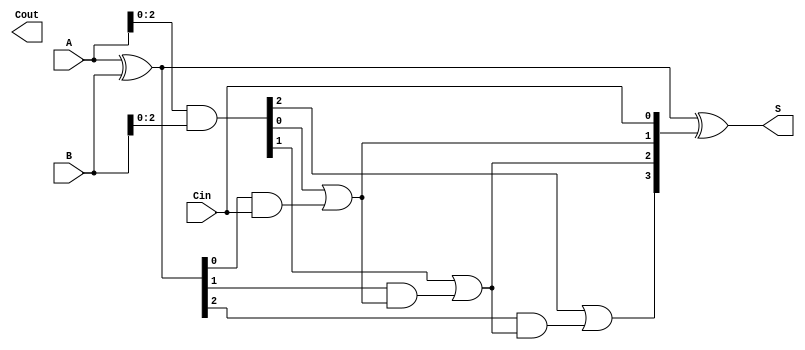
module CLA #(parameter n = 4) (
    input  [n-1:0] A,      // n-bit input A
    input  [n-1:0] B,      // n-bit input B
    input          Cin,     // Carry input
    output [n-1:0] S,      // n-bit sum output
    output         Cout     // Carry output
);

    // Generate and Propagate signals
    wire [n-1:0] G; // Generate signals
    wire [n-1:0] P; // Propagate signals
    wire [n:0] C;   // Carry signals

    // Generate and Propagate logic
    assign G = A & B;           // Gi = Ai AND Bi
    assign P = A ^ B;           // Pi = Ai XOR Bi

    // Carry signals calculation
    assign C[0] = Cin;          // C0 = Cin

    genvar i;
    generate
        for (i = 0; i < n-1; i = i + 1) begin : carry_logic
            assign C[i+1] = G[i] | (P[i] & C[i]); // Ci+1 = Gi OR (Pi AND Ci)
        end
    endgenerate

    // Sum calculation
    assign S = A ^ B ^ C[n-1:0]; // Si = Ai XOR Bi XOR Ci

    // Final carry output
    assign Cout = C[n];          // Cout = Cn

endmodule